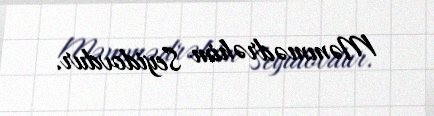
Məmmədrəhim Seyidovdur.